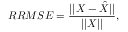
R R M S E = \frac { | | X - \hat { X } | | } { | | X | | } ,